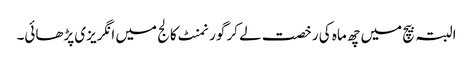
البتہ بیچ میں چھ ماہ کی رخصت لے کر گورنمنٹ کالج میں انگریزی پڑھائی۔